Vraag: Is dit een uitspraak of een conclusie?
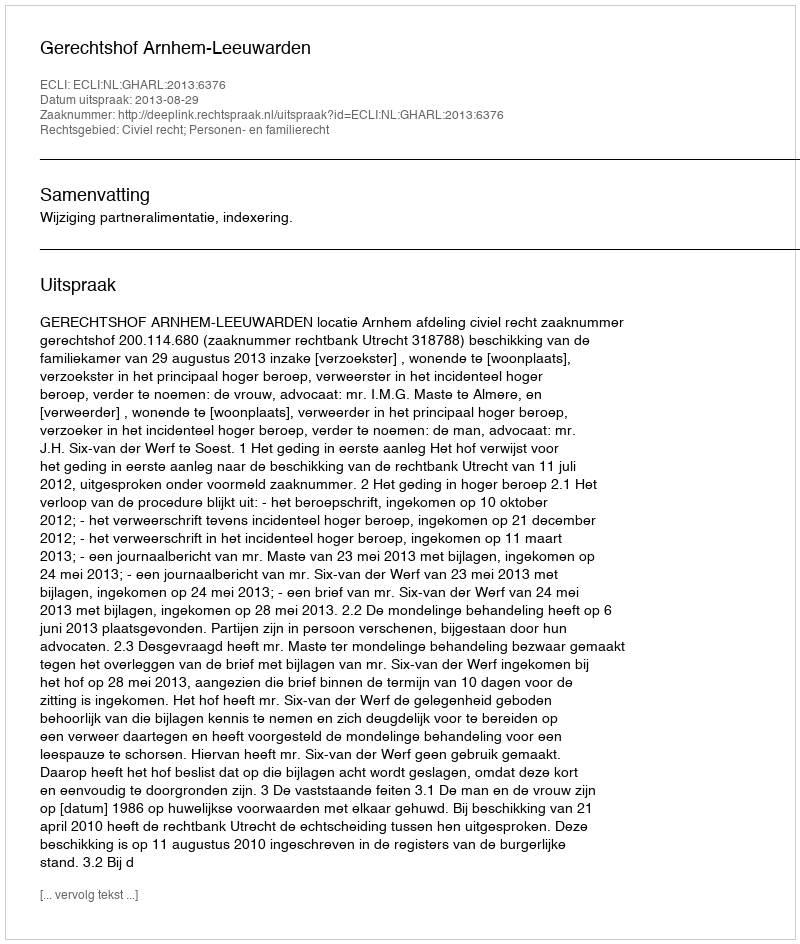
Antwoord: Uitspraak